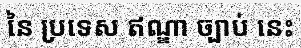
នៃ ប្រទេស ឥណ្ឌា ច្បាប់ នេះ